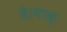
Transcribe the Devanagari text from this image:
है।वाक्